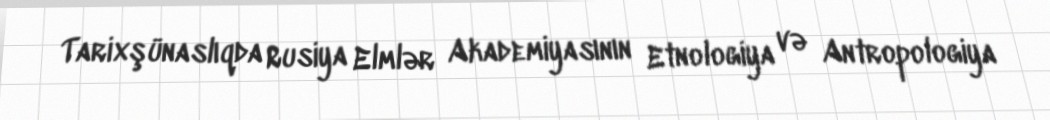
Tarixşünaslıqda Rusiya Elmlər Akademiyasının Etnologiya və Antropologiya